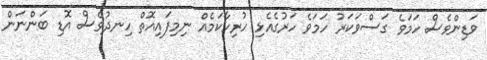
ވަޑިންވެސް ހަމަވެ ގަސްވަކަރު ހަމަވެ ހަރުގެއެޅި ހުރިހާކަމެއް ނިމިފައިއޮތް ހިނދުވެސް އޮޑި ބަންނަން